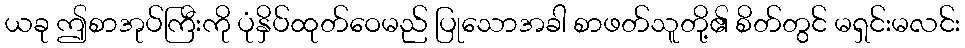
ယခု ဤစာအုပ်ကြီးကို ပုံနှိပ်ထုတ်ဝေမည် ပြုသောအခါ စာဖတ်သူတို့၏ စိတ်တွင် မရှင်းမလင်း